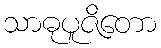
သာဓုပူဇိတော